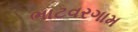
ભાટવરગામ